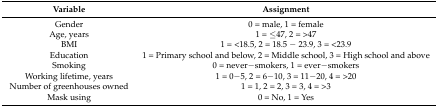
<table><thead><tr><td><b>Variable</b></td><td><b>Assignment</b></td></tr></thead><tbody><tr><td>Gender</td><td>0 = male, 1 = female</td></tr><tr><td>Age, years</td><td>1 = ≤47, 2 = &gt;47</td></tr><tr><td>BMI</td><td>1 = &lt;18.5, 2 = 18.5 − 23.9, 3 = &lt;23.9</td></tr><tr><td>Education</td><td>1 = Primary school and below, 2 = Middle school, 3 = High school and above</td></tr><tr><td>Smoking</td><td>0 = never−smokers, 1 = ever−smokers</td></tr><tr><td>Working lifetime, years</td><td>1 = 0−5, 2 = 6−10, 3 = 11−20, 4 = &gt;20</td></tr><tr><td>Number of greenhouses owned</td><td>1 = 1, 2 = 2, 3 = 3, 4 = &gt;3</td></tr><tr><td>Mask using</td><td>0 = No, 1 = Yes</td></tr></tbody></table>